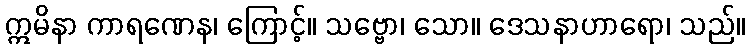
ဣမိနာ ကာရဏေန၊ ကြောင့်။ သဗ္ဗော၊ သော။ ဒေသနာဟာရော၊ သည်။